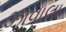
ઝાવાલા